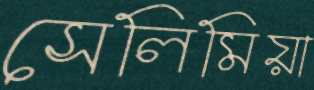
সেলিমিয়া